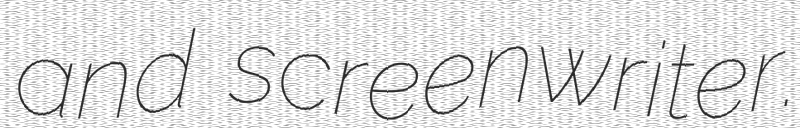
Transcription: and screenwriter.